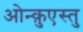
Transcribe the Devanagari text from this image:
ओन्क़ुएस्तु